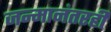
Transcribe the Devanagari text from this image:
जन्मानंतरही